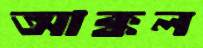
আক্কল